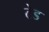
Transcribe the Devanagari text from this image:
ढेड